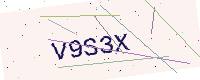
Text: V9S3X